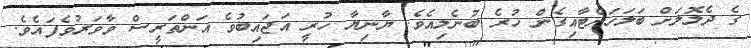
ގެ ދެލޮލަށް ބަލަހަށްޓާއިގެން ހުރެ ބުނެލިއެވެ. ޔާނިޔާ ހުރީ އަޖައިބުވެ އަންތަރީސް ވާވަރުވެފައެވެ.